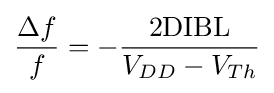
{\frac {\Delta f}{f}}=-{\frac {2\mathrm {DIBL} }{V_{DD}-V_{Th}}}